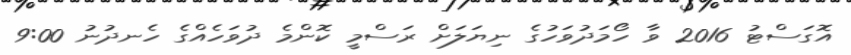
އޮގަސްޓު 2016 ވާ ހޯމަދުވަހުގެ ނިޔަލަށް ރަސްމީ ކޮންމެ ދުވަހެއްގެ ހެނދުނު 9:00